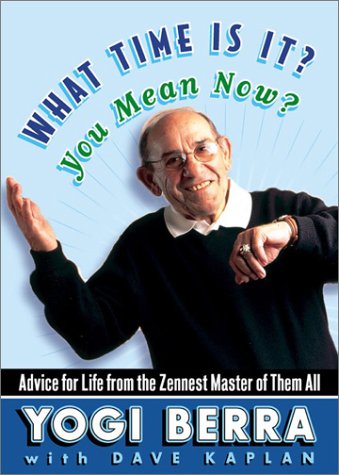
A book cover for What Time Is It? You Mean Now?: Advice for Life from the Zennest Master of Them All; Yogi Berra; Humor & Entertainment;